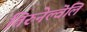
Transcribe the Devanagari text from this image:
तिरुनेल्वॆलि